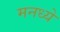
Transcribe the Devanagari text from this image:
मनध्ये